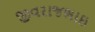
જીવરાજભાઇ